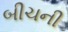
બીચની